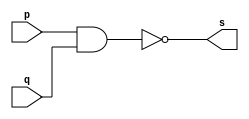
// ---------------------
// EXERCICIO 01 - NAND
// Nome: Rodolfo Herman
// ---------------------

/**
* NAND
*/
module pnand ( output s, input p, input q );
//cria vinculo
assign s = ~(p & q);
//terminar
endmodule

/**
* Testar porta
*/
module testador;
//criar entradas
reg a;
reg b;
//criar FIO
wire s;
//instancia
pnand NAND1 ( s, a, b );
//atribuir valor inicial
initial begin
a = 0;
b = 0;
//terminar initial
end

/**
* Main - parte principal
*/
initial begin
//identificaao
$display ( "Exercicio 001");
$display ( "Autor: Rodolfo Herman");
$display ( "Testar porta NAND");
$display ( "~(a & b) = s \n");
#1 $display ( "~(%b & %b) = %b", a, b, s );
a = 0; b = 1;
#1 $display ( "~(%b & %b) = %b", a, b, s );
a = 1; b = 0;
#1 $display ( "~(%b & %b) = %b", a, b, s );
a = 1; b = 1;
#1 $display ( "~(%b & %b) = %b", a, b, s );
//terminar initial
end
//terminar
endmodule